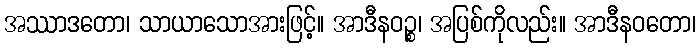
အဿာဒတော၊ သာယာသောအားဖြင့်။ အာဒီနဝဉ္စ၊ အပြစ်ကိုလည်း။ အာဒီနဝတော၊